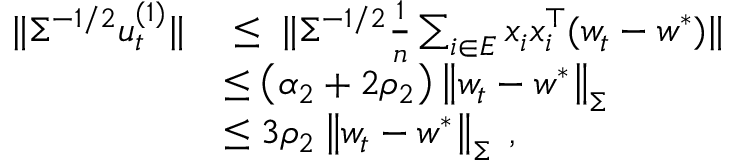
\begin{array} { r l } { \| \Sigma ^ { - 1 / 2 } u _ { t } ^ { ( 1 ) } \| } & { \; \leq \; \| \Sigma ^ { - 1 / 2 } \frac { 1 } { n } \sum _ { i \in E } x _ { i } x _ { i } ^ { \top } ( w _ { t } - w ^ { * } ) \| } \\ & { \leq \left( \alpha _ { 2 } + 2 \rho _ { 2 } \right) \left\| w _ { t } - w ^ { * } \right\| _ { \Sigma } } \\ & { \leq 3 \rho _ { 2 } \left\| w _ { t } - w ^ { * } \right\| _ { \Sigma } \; , } \end{array}